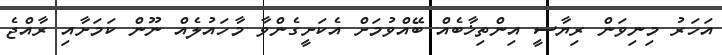
އަހަރު މިނިވަން ރިޔާސީ އިންތިޚާބެއް ބޭއްވުމަށް އެކަށީގެންވާ މާހައުލެއް ނޫން ކަމަށާއި ރާއްޖެ